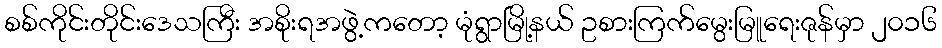
စစ်ကိုင်းတိုင်းဒေသကြီး အစိုးရအဖွဲ့ကတော့ မုံရွာမြို့နယ် ဥစားကြက်မွေးမြူရေးဇုန်မှာ ၂၀၁၆